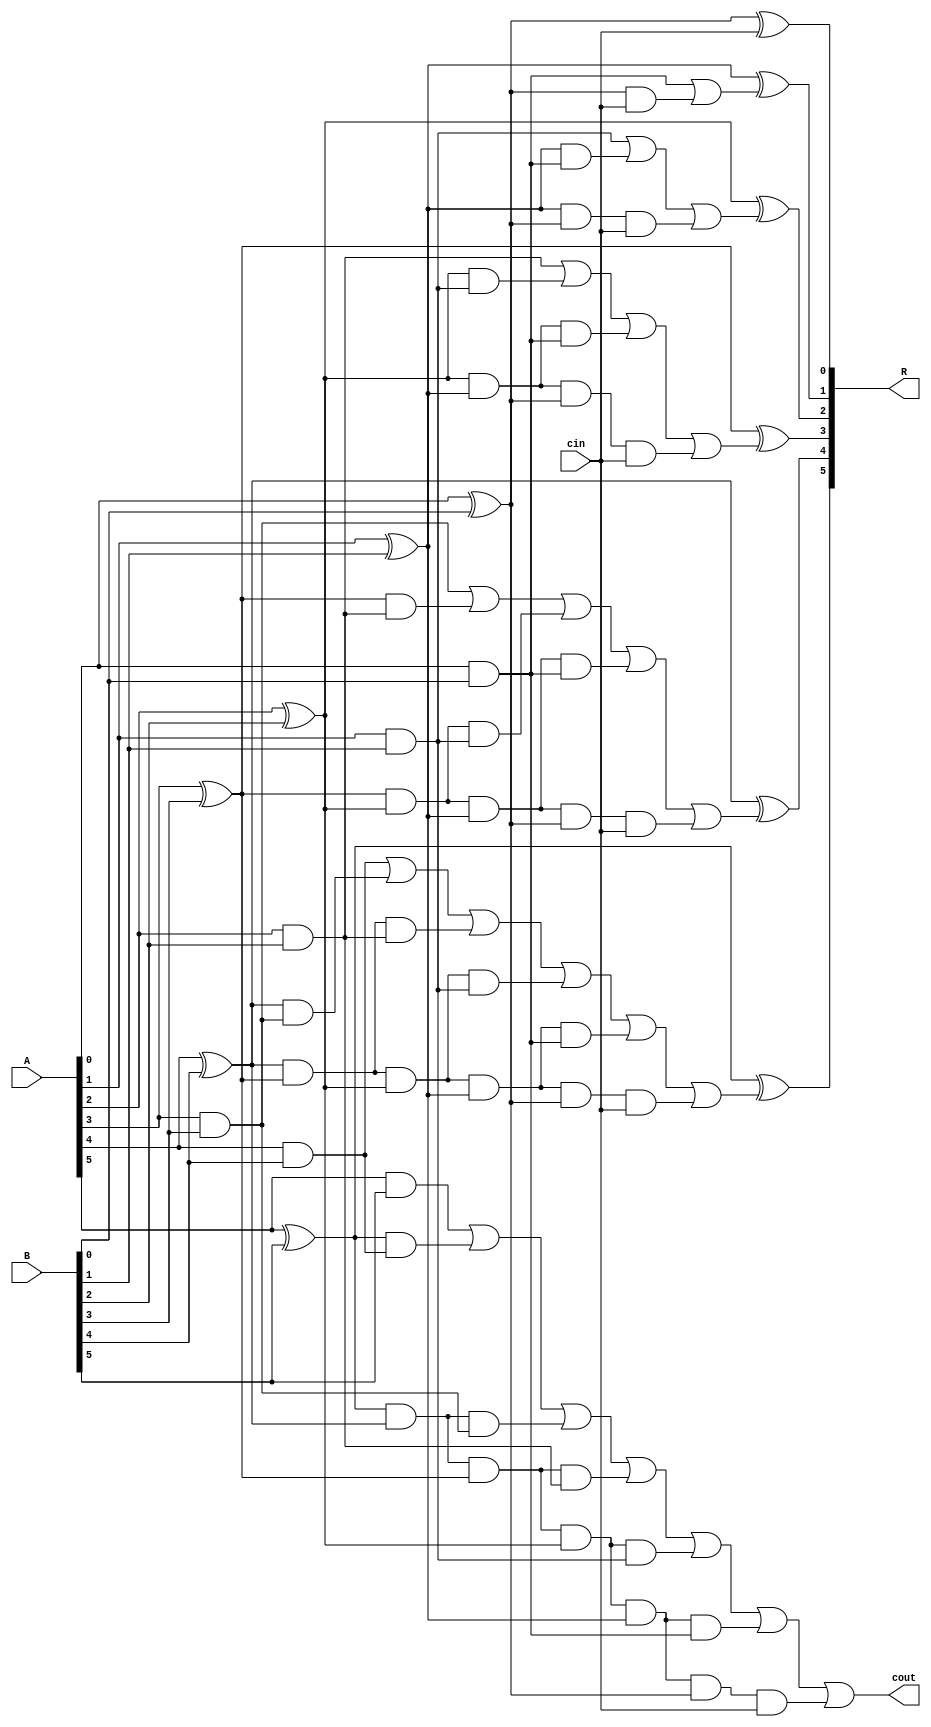
module carry_look_ahead_adder_cin_cout_6
(
input [5:0] A, B,
input cin,
output [5:0] R,
output cout
);
wire p0,  p1,  p2,  p3,  p4,  p5; 
wire g0,  g1,  g2,  g3,  g4,  g5; 
wire c0,  c1,  c2,  c3,  c4,  c5,  c6; 

assign p0 = A[0] ^ B[0];
assign p1 = A[1] ^ B[1];
assign p2 = A[2] ^ B[2];
assign p3 = A[3] ^ B[3];
assign p4 = A[4] ^ B[4];
assign p5 = A[5] ^ B[5];

assign g0 = A[0] & B[0];
assign g1 = A[1] & B[1];
assign g2 = A[2] & B[2];
assign g3 = A[3] & B[3];
assign g4 = A[4] & B[4];
assign g5 = A[5] & B[5];

assign c0 = cin;
assign c1 = g0 | (p0 & cin);
assign c2 = g1 | (p1 & g0) | (p1 & p0 & cin);
assign c3 = g2 | (p2 & g1) | (p2 & p1 & g0) | (p2 & p1 & p0 & cin);
assign c4 = g3 | (p3 & g2) | (p3 & p2 & g1) | (p3 & p2 & p1 & g0) | (p3 & p2 & p1 & p0 & cin);
assign c5 = g4 | (p4 & g3) | (p4 & p3 & g2) | (p4 & p3 & p2 & g1) | (p4 & p3 & p2 & p1 & g0) | (p4 & p3 & p2 & p1 & p0 & cin);
assign c6 = g5 | (p5 & g4) | (p5 & p4 & g3) | (p5 & p4 & p3 & g2) | (p5 & p4 & p3 & p2 & g1) | (p5 & p4 & p3 & p2 & p1 & g0) | (p5 & p4 & p3 & p2 & p1 & p0 & cin);

assign R[0] = p0 ^ c0;
assign R[1] = p1 ^ c1;
assign R[2] = p2 ^ c2;
assign R[3] = p3 ^ c3;
assign R[4] = p4 ^ c4;
assign R[5] = p5 ^ c5;
assign cout = c6;

endmodule